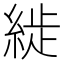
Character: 𦁡